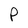
Character: P